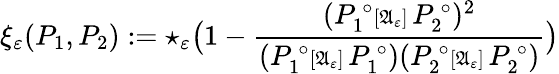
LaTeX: \displaystyle\xi_{\mathbf{\varepsilon}}(P_{1},P_{2}):=\star_{\mathbf{\varepsilon}}\big(1-\frac{(P_{1}^{\, \circ}{\scriptstyle{[\mathfrak{A}_{\mathbf{\varepsilon}}]}\, }P_{2}^{\, \circ})^{2}}{({P_{1}^{\, \circ}{\scriptstyle{[\mathfrak{A}_{\mathbf{\varepsilon}}]}\, }P_{1}^{\, \circ})}{(P_{2}^{\, \circ}{\scriptstyle{[\mathfrak{A}_{\mathbf{\varepsilon}}}]}\, P_{2}^{\, \circ})}}\big)